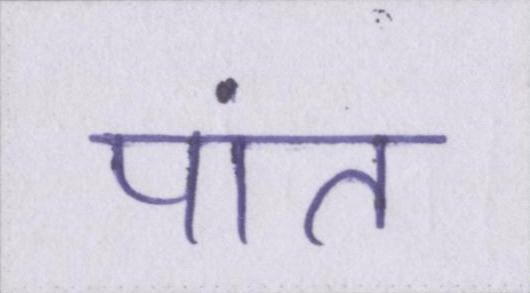
पांत